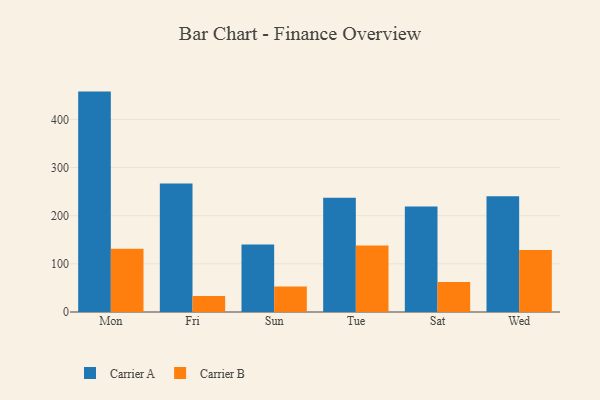
{"axis": {"x": "Day", "y": "Page Views"}, "legend": ["Carrier A", "Carrier B"], "data": [{"x": "Mon", "y": 457.8, "type": "Carrier A"}, {"x": "Mon", "y": 131.5, "type": "Carrier B"}, {"x": "Fri", "y": 266.9, "type": "Carrier A"}, {"x": "Fri", "y": 33.3, "type": "Carrier B"}, {"x": "Sun", "y": 140.1, "type": "Carrier A"}, {"x": "Sun", "y": 52.8, "type": "Carrier B"}, {"x": "Tue", "y": 237.4, "type": "Carrier A"}, {"x": "Tue", "y": 137.9, "type": "Carrier B"}, {"x": "Sat", "y": 219.2, "type": "Carrier A"}, {"x": "Sat", "y": 62.4, "type": "Carrier B"}, {"x": "Wed", "y": 240.2, "type": "Carrier A"}, {"x": "Wed", "y": 128.7, "type": "Carrier B"}]}